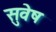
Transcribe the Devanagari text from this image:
सुवेष